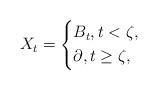
LaTeX: \begin{align*}X_t= \left\lbrace \begin{aligned}& B_t,t<\zeta, \\&\partial, t\geq \zeta, \end{aligned} \right.\end{align*}